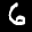
Digit: 6